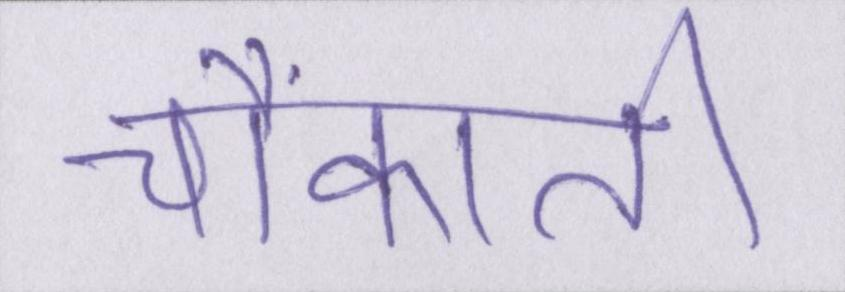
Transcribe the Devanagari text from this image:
चौंकाती